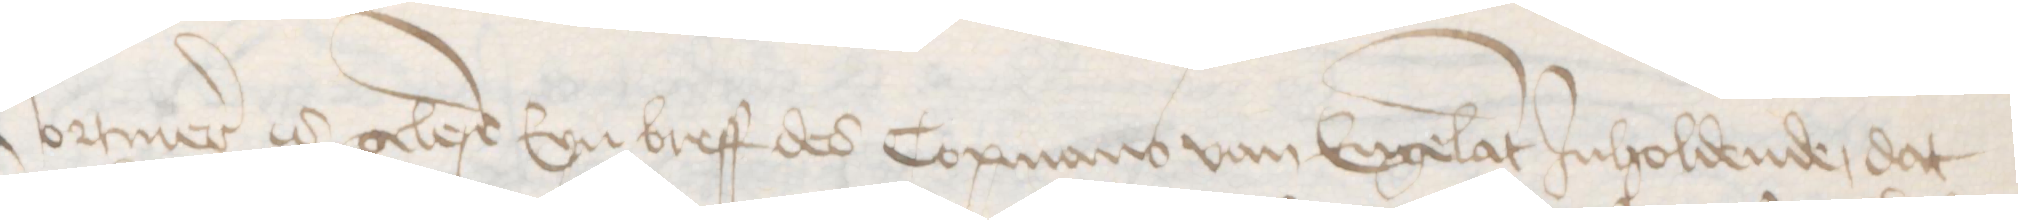
Vormer is gelese Eyn breff des Copmans van Engelant Jnholdende, dat